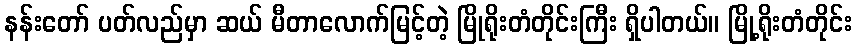
နန်းတော် ပတ်လည်မှာ ဆယ် မီတာလောက်မြင့်တဲ့ မြိုရိုးတံတိုင်းကြီး ရှိပါတယ်။ မြို့ရိုးတံတိုင်း